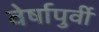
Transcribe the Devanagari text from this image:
वेर्षापुर्वी